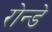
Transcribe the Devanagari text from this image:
रोन्डे